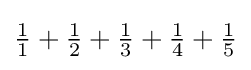
{\tfrac {1}{1}}+{\tfrac {1}{2}}+{\tfrac {1}{3}}+{\tfrac {1}{4}}+{\tfrac {1}{5}}